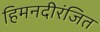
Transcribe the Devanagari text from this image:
हिमनदीरंजित